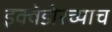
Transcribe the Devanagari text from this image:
इक्वेडोरच्याच